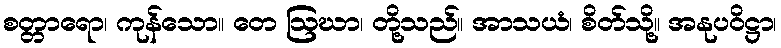
စတ္တာရော၊ ကုန်သော။ တေ ဩဃာ၊ တို့သည်။ အာသယံ၊ စိတ်သို့။ အနုပဝိဋ္ဌာ၊